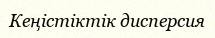
Кеңістіктік дисперсия